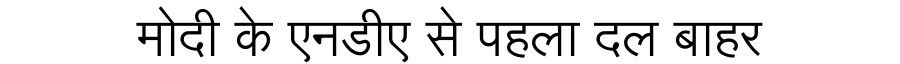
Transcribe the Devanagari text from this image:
मोदी के एनडीए से पहला दल बाहर